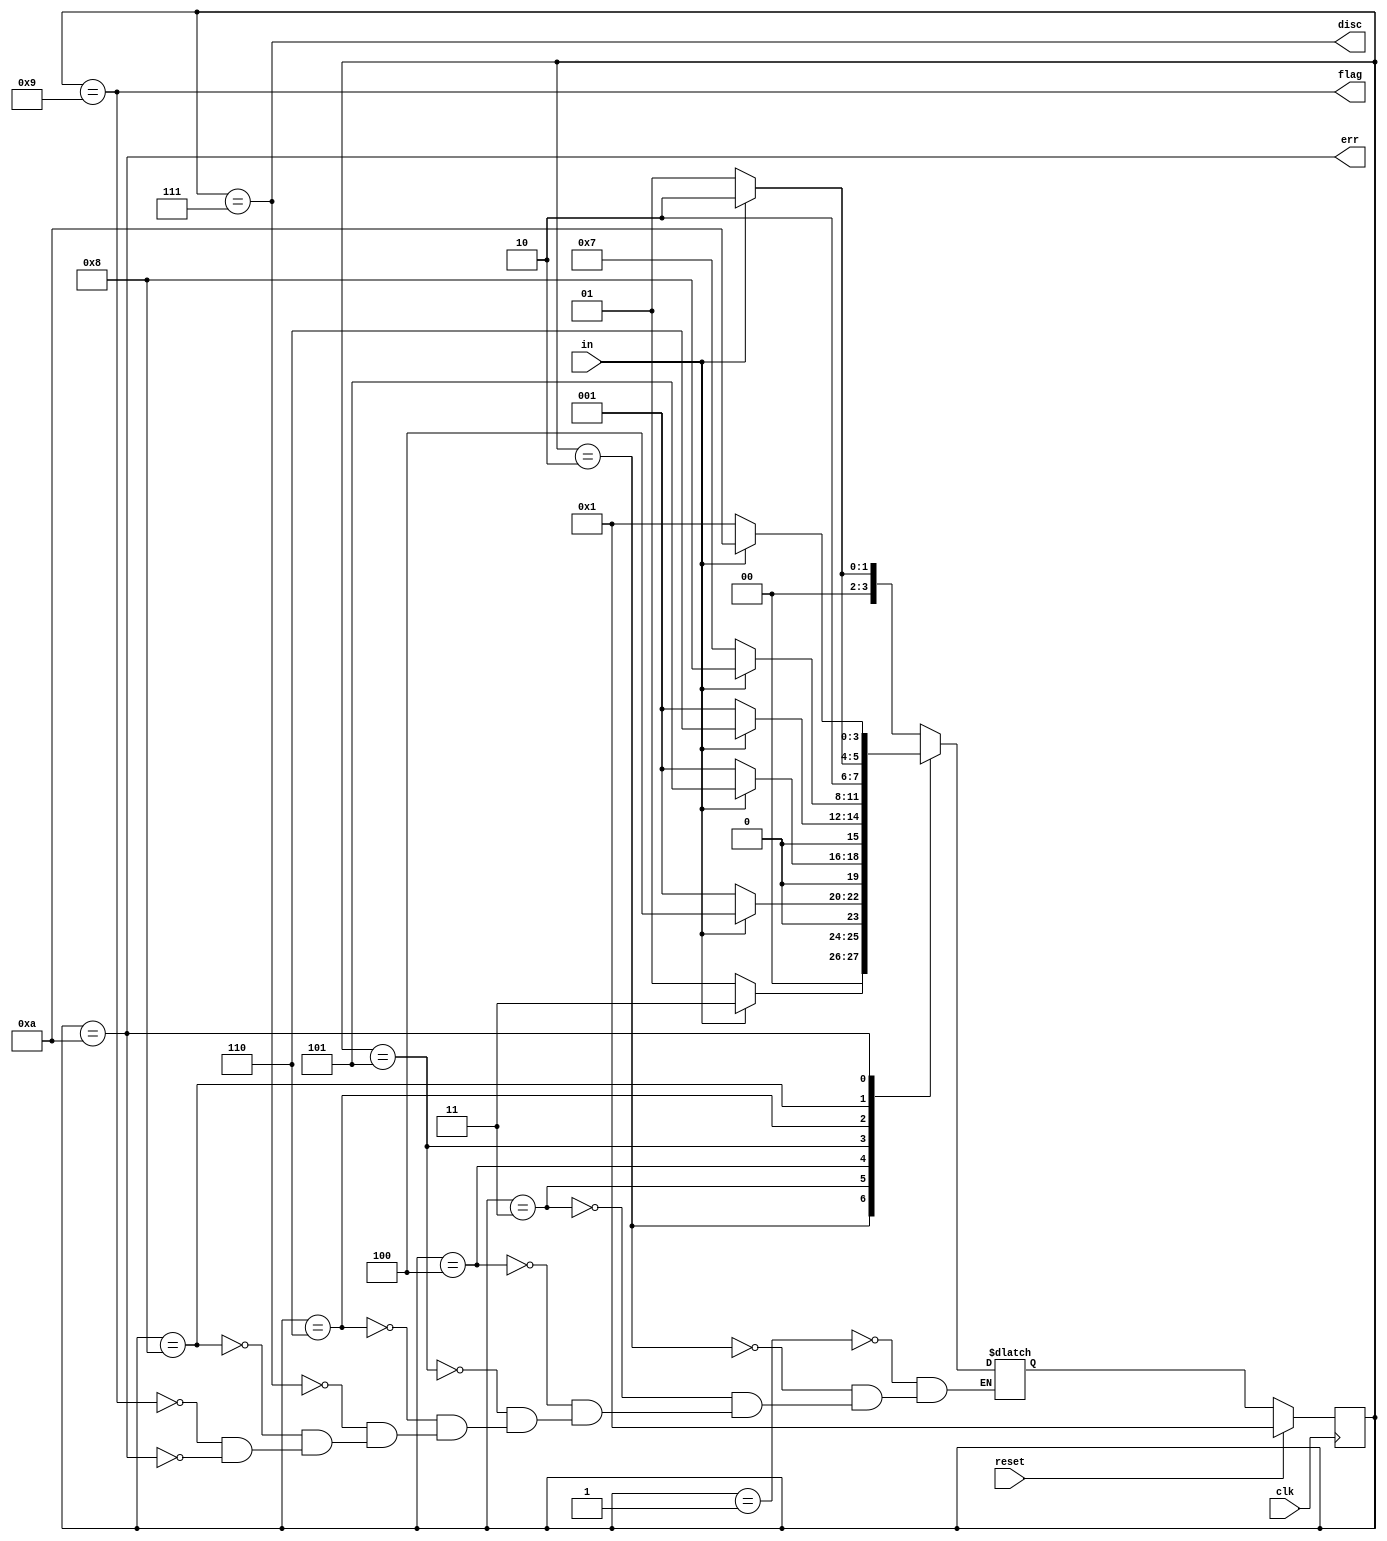
module top_module(
    input clk,
    input reset,    // Synchronous reset
    input in,
    output disc,
    output flag,
    output err);
    parameter START=4'b0001;
    parameter BIT1=4'b0010;
    parameter BIT2=4'b0011;
    parameter BIT3=4'b0100;
    parameter BIT4=4'b0101;
    parameter BIT5=4'b0110;
    parameter DISCARD=4'b0111;
    parameter BIT6=4'b1000;
    parameter FLAG=4'b1001;
    parameter ERROR=4'b1010;
    reg[3:0] state, next_state;
    
    always@(posedge clk)begin
        if(reset)state = START;
        else state = next_state;
    end
    
    always@(*)begin
        case(state)
            START:begin
                if(in)next_state = BIT1;
                else next_state = START;
            end
            BIT1:begin
                if(in)next_state = BIT2;
                else next_state = START;
            end
            BIT2:begin
                if(in)next_state = BIT3;
                else next_state = START;
            end
            BIT3:begin
                if(in)next_state = BIT4;
                else next_state = START;
            end
            BIT4:begin
                if(in)next_state = BIT5;
                else next_state = START;
            end
            BIT5:begin
                if(in)next_state = BIT6;
                else next_state = DISCARD;
            end
            DISCARD:begin
                if(~in)next_state = START;
                else next_state = BIT1;
                end
            BIT6:begin
                if(in)next_state = ERROR;
                else next_state = FLAG;
            end
            FLAG:begin
                if(~in)next_state = START;
                else next_state = BIT1;
            end
            ERROR:begin
                if(in)next_state = ERROR;
                else next_state = START;
            end
        endcase
    end

    always@(*)begin
        disc = state == DISCARD;
        flag = state == FLAG;
        err = state == ERROR;
    end
endmodule